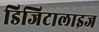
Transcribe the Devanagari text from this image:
डिजिटालाइज